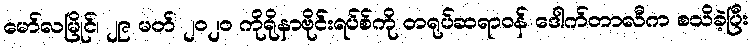
မော်လမြိုင်၊ ၂၉ မတ် ၂၀၂၀ ကိုရိုနာဗိုင်းရပ်စ်ကို တရုပ်ဆရာဝန် ဒေါက်တာလီက စသိခဲ့ပြီး